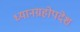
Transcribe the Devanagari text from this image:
ध्यानग्रहोपदेश